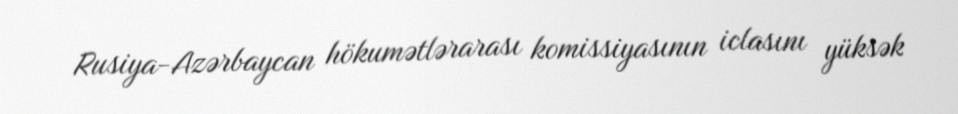
Rusiya-Azərbaycan hökumətlərarası komissiyasının iclasını yüksək